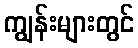
ကျွန်းများတွင်